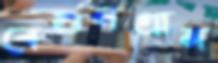
বেগুনগ্রাম